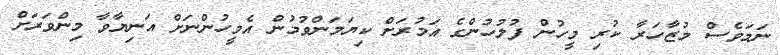
ނަމަވެސް މުޒާހަރާ ކުރި މީހުން ފުލުހުންގެ އަމުރަށް ކިޔަމަންވުމުން އެމީހުންނަށް އަނިޔާވާ މިންވަރަށް